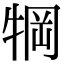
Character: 犅